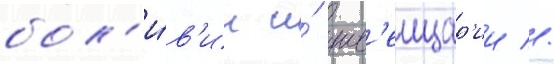
бол'и́в'ии и́ шв'еицар'ии //